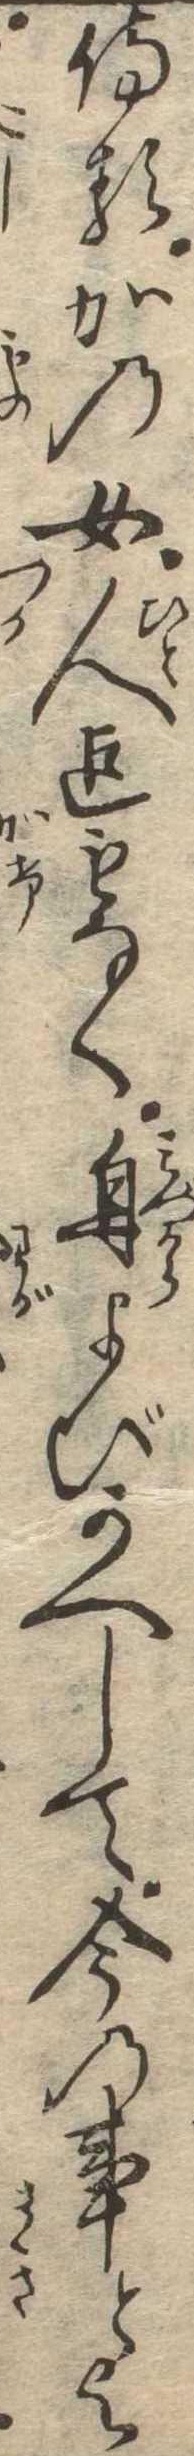
侍るかの女人迄もなく自よびかへして今の事とよ